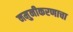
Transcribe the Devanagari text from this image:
नमुनीकरणाचा